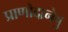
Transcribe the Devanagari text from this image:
प्राणोदानेषु